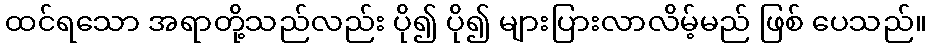
ထင်ရသော အရာတို့သည်လည်း ပို၍ ပို၍ များပြားလာလိမ့်မည် ဖြစ် ပေသည်။